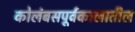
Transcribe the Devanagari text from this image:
कोलंबसपूर्वकालातील